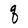
Character: q